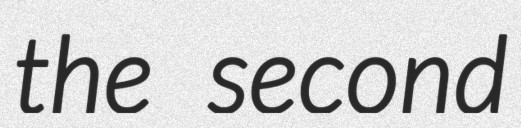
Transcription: the second